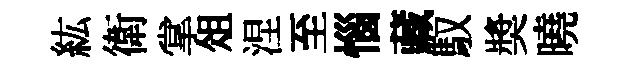
紘衛掌俎涅至惱藏馭奬曉